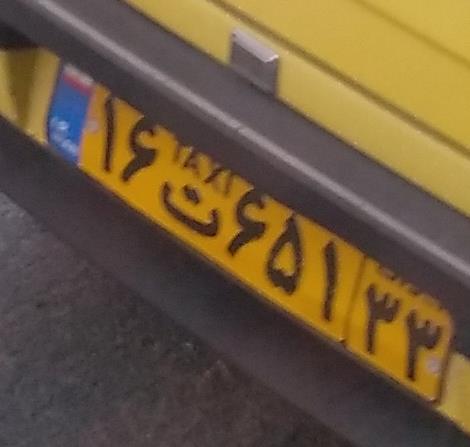
۱۶ت۶۵۱۳۳